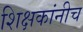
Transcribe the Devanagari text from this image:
शिक्षकांनीच